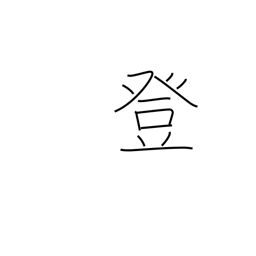
Meaning: climb up